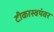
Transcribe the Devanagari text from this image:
टीकास्वयंवर